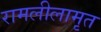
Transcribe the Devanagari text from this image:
रामलीलामृत